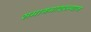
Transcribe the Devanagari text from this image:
समागमादरम्यान